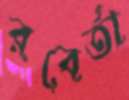
রবের্তা